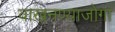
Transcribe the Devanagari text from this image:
वाखनण्याजोगा